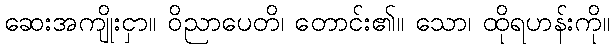
ဆေးအကျိုးငှာ။ ဝိညာပေတိ၊ တောင်း၏။ သော၊ ထိုရဟန်းကို။